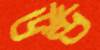
উন্ড